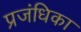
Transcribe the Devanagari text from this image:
प्रजंधिका